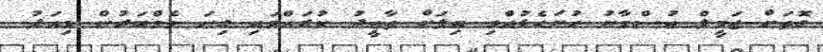
ގޮތަށް ޖަމީލް އުސްމާނު ހުށަހެޅުއްވި ބިލަށް ތާއީދު ކުރައްވައި ގިނަ މެމްބަރުން މިއަދު